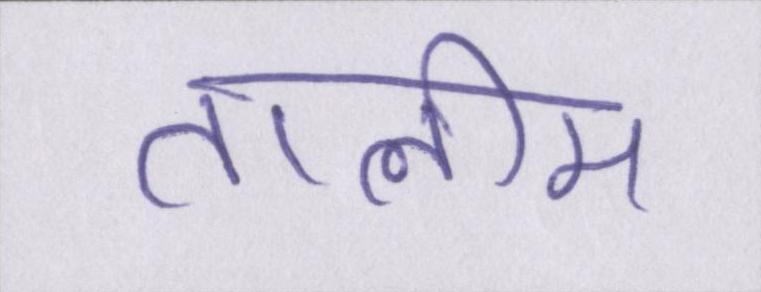
तालीम